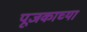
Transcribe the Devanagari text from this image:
पूजकाच्या